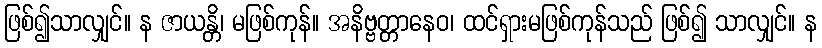
ဖြစ်၍သာလျှင်။ န ဇာယန္တိ၊ မဖြစ်ကုန်။ အနိဗ္ဗတ္တာနေဝ၊ ထင်ရှားမဖြစ်ကုန်သည် ဖြစ်၍ သာလျှင်။ န